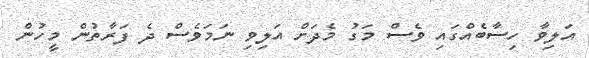
އަލިވާ ހިސާބެއްގައި ވެސް މަގު މެދަށް އަލިވި ނަމަވެސް ދެ ފަރާތުން މީހުން